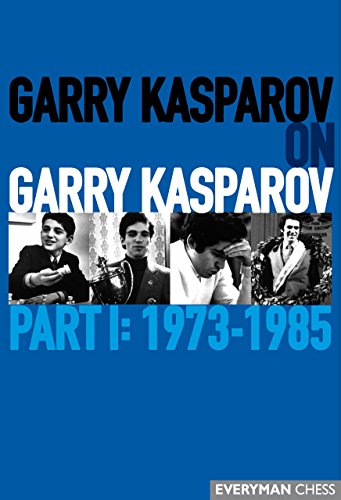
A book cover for Garry Kasparov on Garry Kasparov, Part 1: 1973-1985; Garry Kasparov; Humor & Entertainment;